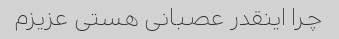
چرا اینقدر عصبانی هستی عزیزم